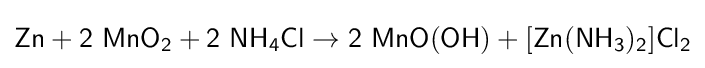
{\mathsf {Zn+2~MnO_{2}+2~NH_{4}Cl\rightarrow 2~MnO(OH)+[Zn(NH_{3})_{2}]Cl_{2}}}